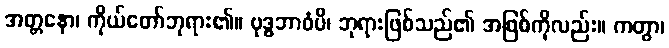
အတ္တနော၊ ကိုယ်တော်ဘုရား၏။ ဗုဒ္ဓဘာဝံပိ၊ ဘုရားဖြစ်သည်၏ အဖြစ်ကိုလည်း။ ကတွာ၊